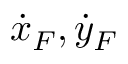
\dot { x } _ { F } , \dot { y } _ { F }